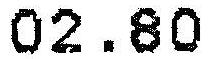
02.80